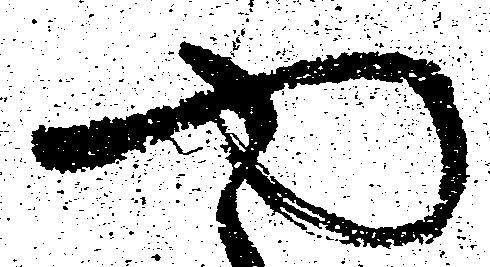
や